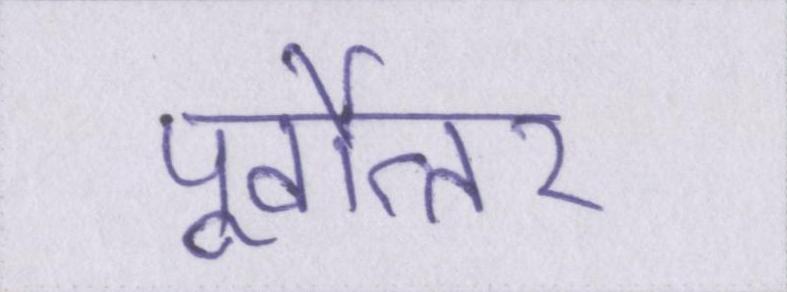
पूर्वोत्तर